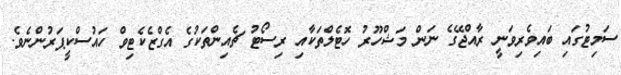
ސަމިޓުގައި ބައިވެރިވަނީ ރާއްޖޭގެ ނަން މަޝްހޫރު ހޮޓެލްތަކާއި ރިސޯޓު ޗެއިންތަކުގެ އެގްޒެކެޓިވް ހައުސްކީޕަރުންނެވެ.